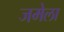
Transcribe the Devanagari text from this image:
जमेला